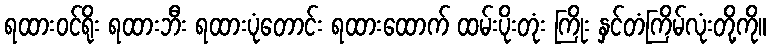
ရထားဝင်ရိုး ရထားဘီး ရထားပုံတောင်း ရထားထောက် ထမ်းပိုးတုံး ကြိုး နှင်တံကြိမ်လုံးတို့ကို။